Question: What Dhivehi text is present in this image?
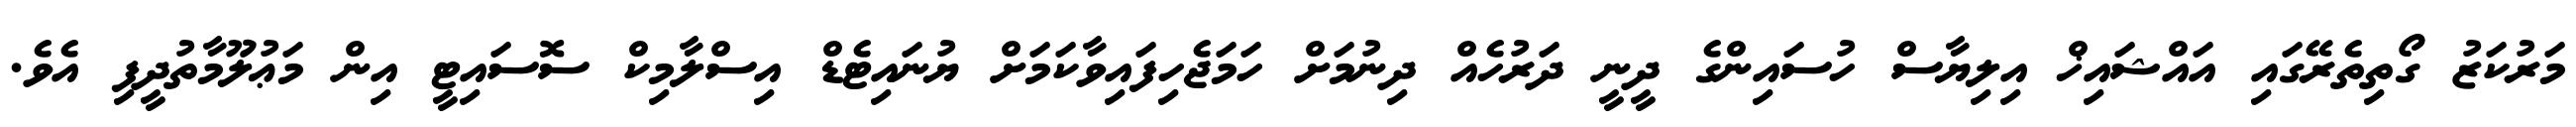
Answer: މަރުކަޒު ގޯތިތެރޭގައި އައްޝައިޚް އިލިޔާސް ހުސައިންގެ ދީނީ ދަރުހެއް ދިނުމަށް ހަމަޖެހިފައިވާކަމަށް ޔުނައިޓެޑް އިސްލާމިކް ސޮސައިޓީ އިން މަޢުލޫމާތުދީފި އެވެ.